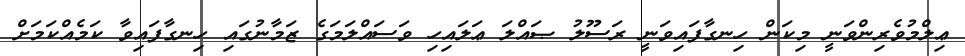
ޢިލްމުވެރިންވަނީ މިކަން ހިނގާފައިވަނީ ރަސޫލު ޞައްލަ ޢަލައިހި ވަސައްލަމަގެ ޒަމާނުގައި ހިނގާފައިވާ ކަމެއްކަމަށް